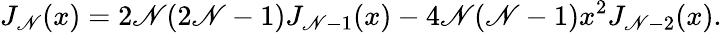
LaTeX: J_{\mathscr{N}}(x)=2\mathscr{N}(2\mathscr{N}-1)J_{\mathscr{N}-1}(x)-4\mathscr{N}(\mathscr{N}-1)x^{2}J_{\mathscr{N}-2}(x).